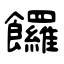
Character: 饠